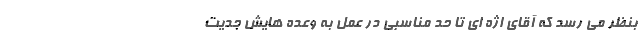
بنظر می رسد که آقای اژه ای تا حدّ مناسبی در عمل به وعده هایش جدّیت